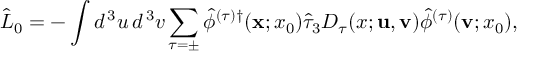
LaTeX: \hat { \cal L } _ { 0 } = - \int d ^ { \, 3 } u \, d ^ { \, 3 } v \sum _ { \tau = \pm } \hat { \phi } ^ { ( \tau ) \dagger } ( { \bf x } ; x _ { 0 } ) \hat { \tau } _ { 3 } D _ { \tau } ( x ; { \bf u } , { \bf v } ) \hat { \phi } ^ { ( \tau ) } ( { \bf v } ; x _ { 0 } ) ,